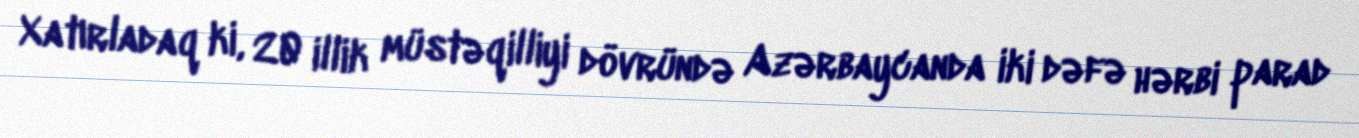
Xatırladaq ki, 20 illik müstəqilliyi dövründə Azərbaycanda iki dəfə hərbi parad